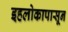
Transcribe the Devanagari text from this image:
इहलोकापासून